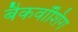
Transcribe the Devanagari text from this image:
बैकवॉशिंग